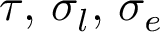
\tau , \, \sigma _ { l } , \, \sigma _ { e }